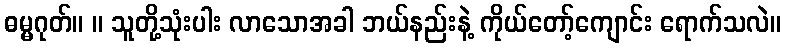
ဓမ္မဂုတ်။ ။ သူတို့သုံးပါး လာသောအခါ ဘယ်နည်းနဲ့ ကိုယ်တော့်ကျောင်း ရောက်သလဲ။